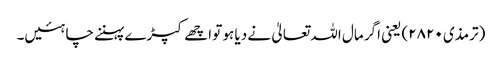
(ترمذی ۲۸۲۰) یعنی اگر مال اللہ تعالیٰ نے دیا ہو تو اچھے کپڑے پہننے چاہئیں۔